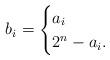
LaTeX: \begin{align*}b_i = \begin{cases} a_i \\ 2^n - a_i . \end{cases}\end{align*}